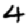
Digit: 4